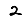
Digit: 2